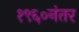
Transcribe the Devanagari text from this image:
१९६०नंतर